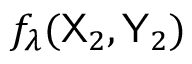
f _ { \lambda } ( { \sf X } _ { 2 } , { \sf Y } _ { 2 } )